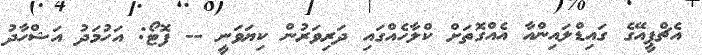
އެޗްޕީއޭގެ ގައިޑްލައިންއާ އެއްގޮތަށް ކްލާހެއްގައި ދަރިވަރުން ކިޔަވަނީ -- ފޮޓޯ: އަހުމަދު އަޝްހާދު